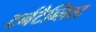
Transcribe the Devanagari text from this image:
टर्नटैब्लिस्ट